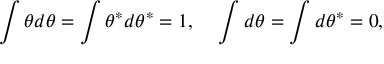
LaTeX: \int \theta d \theta = \int \theta ^ { \ast } d \theta ^ { \ast } = 1 , ~ ~ ~ \int d \theta = \int d \theta ^ { \ast } = 0 ,